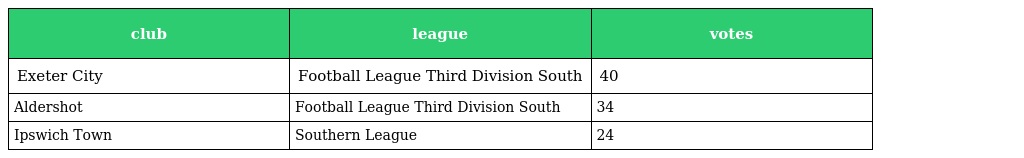
| club | league | votes |
 | --- | --- | --- |
 | Exeter City | Football League Third Division South | 40 |
 | Aldershot | Football League Third Division South | 34 |
 | Ipswich Town | Southern League | 24 |